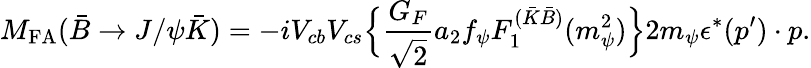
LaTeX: M_{\mathrm{FA}}(\bar{B}\rightarrow J/\psi\bar{K})=-iV_{cb}V_{cs}\Bigl\{ {\frac{G_{F}}{\sqrt{2}}}a_{2}f_{\psi}F_{1}^{(\bar{K}\bar{B})}(m_{\psi}^{2})\Bigr\} 2m_{\psi}\epsilon^{*}(p^{\prime})\cdot p.